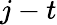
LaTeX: j-t